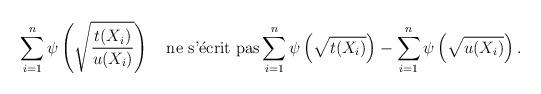
LaTeX: \begin{align*}\sum_{i=1}^{n}\psi\left(\sqrt{\frac{t(X_{i})}{u(X_{i})}}\right)\quad\mbox{ne s'\'ecrit pas}\sum_{i=1}^{n}\psi\left(\sqrt{t(X_{i})}\right)-\sum_{i=1}^{n}\psi\left(\sqrt{u(X_{i})}\right).\end{align*}